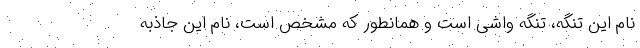
نام این تنگه، تنگه واشی است و همانطور که مشخص است، نام این جاذبه